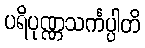
ပရိပုဏ္ဏသင်္ကပ္ပါတိ